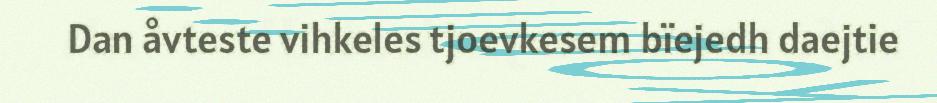
Dan åvteste vihkeles tjoevkesem bïejedh daejtie